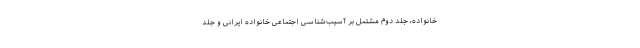
خانواده، جلد دوم مشتمل بر آسیب‌شناسی اجتماعی خانواده ایرانی و جلد